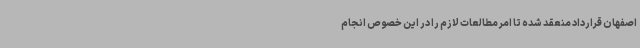
اصفهان قرارداد منعقد شده تا امر مطالعات لازم را در این خصوص انجام